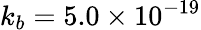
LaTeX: k_{b}=5.0\times 10^{-19}